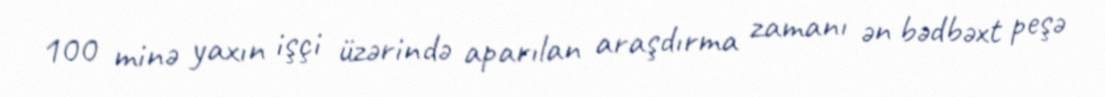
100 minə yaxın işçi üzərində aparılan araşdırma zamanı ən bədbəxt peşə